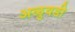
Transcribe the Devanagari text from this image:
अळुवडी